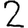
Digit: 2